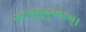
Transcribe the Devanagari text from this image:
स्वादुमुदुम्बरम्।